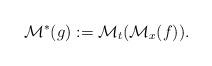
LaTeX: \begin{align*}\mathcal{M}^\ast(g):= \mathcal{M}_t(\mathcal{M}_x(f)).\end{align*}